Report of the King Institute of Preventive Medicine, Guindy
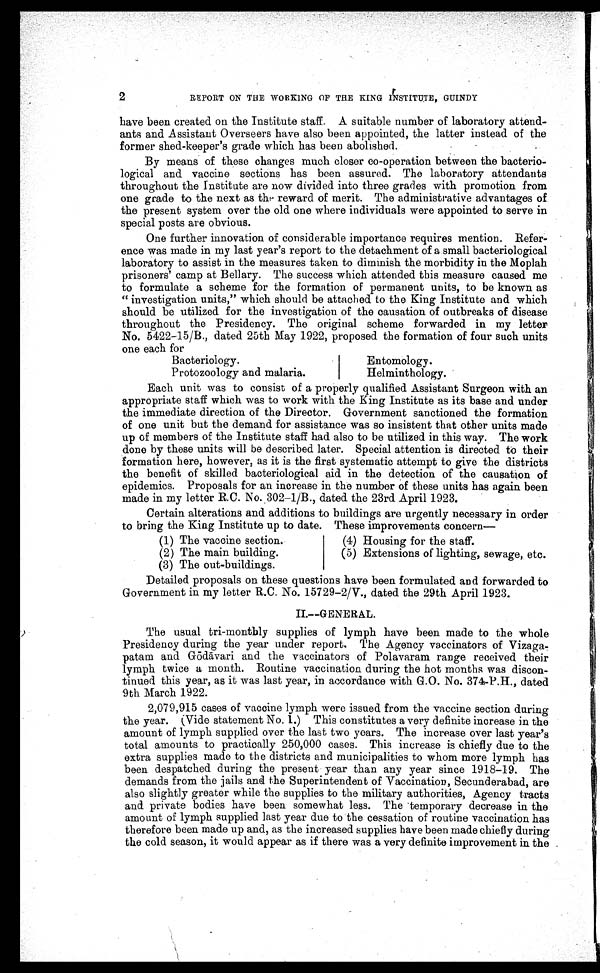
2
REPORT ON THE WORKING OF THE KING INSTITUTE, GUINDY
have been created on the Institute staff. A suitable number of laboratory attend-
ants and Assistant Overseers have also been appointed, the latter instead of the
former shed-keeper's grade which has been abolished.
By means of these changes much closer co-operation between the bacterio-
logical and vaccine sections has been assured. The laboratory attendants
throughout the Institute are now divided into three grades with promotion from
one grade to the next as the reward of merit. The administrative advantages of
the present system over the old one where individuals were appointed to serve in
special posts are obvious.
One further innovation of considerable importance requires mention. Refer-
ence was made in my last year's report to the detachment of a small bacteriological
laboratory to assist in the measures taken to diminish the morbidity in the Moplah
prisoners' camp at Bellary. The success which attended this measure caused me
to formulate a scheme for the formation of permanent units, to be known as
" investigation units," which should be attached to the King Institute and which
should be utilized for the investigation of the causation of outbreaks of disease
throughout the Presidency. The original scheme forwarded in my letter
No. 5422–15/B., dated 25th May 1922, proposed the formation of four such units
one each for
Bacteriology.
Entomology.
Protozoology and malaria.
Helminthology.
Each unit was to consist of a properly qualified Assistant Surgeon with an
appropriate staff which was to work with the King Institute as its base and under
the immediate direction of the Director. Government sanctioned the formation
of one unit but the demand for assistance was so insistent that other units made
up of members of the Institute staff had also to be utilized in this way. The work
done by these units will be described later. Special attention is directed to their
formation here, however, as it is the first systematic attempt to give the districts
the benefit of skilled bacteriological aid in the detection of the causation of
epidemics. Proposals for an increase in the number of these units has again been
made in nay letter R.C. No. 302–1/B., dated the 23rd April 1923.
Certain alterations and additions to buildings are urgently necessary in order
to bring the King Institute up to date. These improvements concern—
(1) The vaccine section.
(4) Housing for the staff.
(2) The main building.
(5) Extensions of lighting, sewage, etc.
(3) The out-buildings.
Detailed, proposals on these questions have been formulated and forwarded to
Government in my letter R.C. No. 15729–2/V., dated the 29th April 1923.
II.—GENERAL.
The usual tri-monthly supplies of lymph have been made to the whole
Presidency during the year under report. The Agency vaccinators of Vizaga
¬ p a t a m a n d G
ō d ā v a r i a n d t h e v a c c i n a t o r s o f P o l a v a r a m r a n g e r e c e i v e d t h e i r
lymph twice a month. Routine vaccination during the hot months was discon-
tinued this year, as it was last year, in accordance with G.O. No. 374-P.H., dated
9th March 1922.
2,079,915 cases of vaccine lymph were issued from the vaccine section during
the year. (Vide statement No. 1.) This constitutes a very definite increase in the
amount of lymph supplied over the last two years. The increase over last year's
total amounts to practically 250,000 cases. This increase is chiefly due to the
extra supplies made to the districts and municipalities to whom more lymph has
been despatched during the present year than any year since 1918–19. The
demands from the jails and the Superintendent of Vaccination, Secunderabad, are
also slightly greater while the supplies to the military authorities, Agency tracts
and private bodies have been somewhat less. The temporary decrease in the
amount of lymph supplied last year due to the cessation of routine vaccination has
therefore been made up and, as the increased supplies have been made chiefly during
the cold season, it would appear as if there was a very definite improvement in the